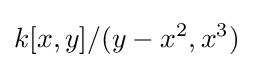
k[x,y]/(y-x^{2},x^{3})